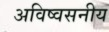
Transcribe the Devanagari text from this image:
अविष्वसनीय